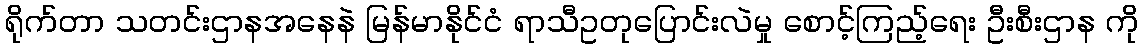
ရိုက်တာ သတင်းဌာနအနေနဲ မြန်မာနိုင်ငံ ရာသီဥတုပြောင်းလဲမှု စောင့်ကြည့်ရေး ဦးစီးဌာန ကို